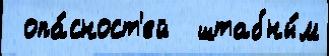
 опа́сност'ей  штабны́м